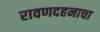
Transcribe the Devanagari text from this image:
रावणदहनाचा